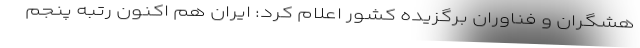
هشگران و فناوران برگزیده کشور اعلام کرد: ایران هم اکنون رتبه پنجم